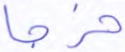
خرجا